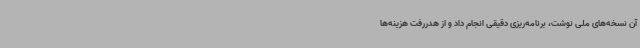
آن نسخه‌های ملی نوشت، برنامه‌ریزی دقیقی انجام داد و از هدررفت هزینه‌ها